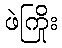
ဖဲကြိုး